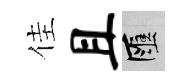
佳且匯